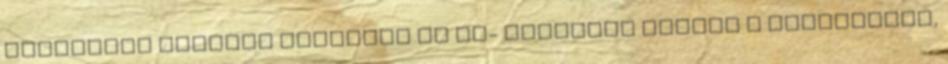
világában érdekes színfolt az al- Rettegve vártuk a produkciót,